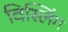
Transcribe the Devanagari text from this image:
विस्लिंग